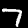
Label: 7